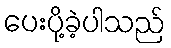
ပေးပို့ခဲ့ပါသည်